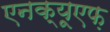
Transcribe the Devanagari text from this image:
एनक्यूएफ़